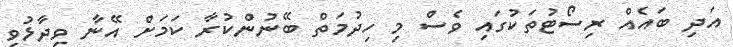
އަދި ބައެއް ރިސޯޓުތަކުގައި ވެސް މި ހިދުމަތް ބޭނުންކުރާ ކަމަށް އޭނާ ވިދާޅުވި